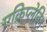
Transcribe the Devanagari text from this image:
एक्रिप्लेविन